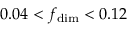
0 . 0 4 < f _ { \mathrm { d i m } } < 0 . 1 2